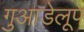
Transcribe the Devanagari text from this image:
गुआडेलूप